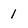
Character: 1